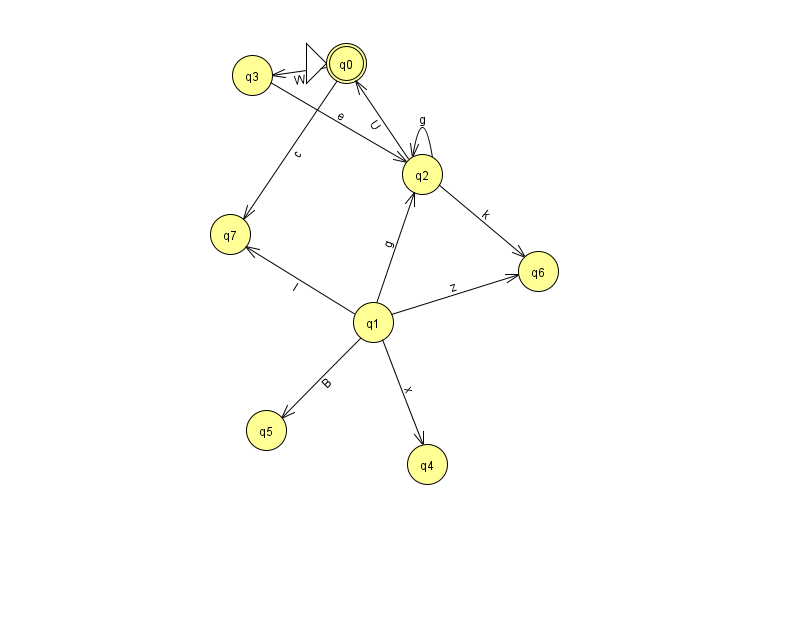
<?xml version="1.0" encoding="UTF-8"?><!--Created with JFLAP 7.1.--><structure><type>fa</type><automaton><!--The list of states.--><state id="0" name="q0"><x>346.0</x><y>50.0</y><initial/><final/></state><state id="1" name="q1"><x>373.0</x><y>309.0</y></state><state id="2" name="q2"><x>422.0</x><y>161.0</y></state><state id="3" name="q3"><x>252.0</x><y>62.0</y></state><state id="4" name="q4"><x>427.0</x><y>451.0</y></state><state id="5" name="q5"><x>266.0</x><y>417.0</y></state><state id="6" name="q6"><x>538.0</x><y>258.0</y></state><state id="7" name="q7"><x>230.0</x><y>221.0</y></state><!--The list of transitions.--><transition><from>1</from><to>6</to><read>z</read></transition><transition><from>2</from><to>6</to><read>k</read></transition><transition><from>0</from><to>7</to><read>c</read></transition><transition><from>2</from><to>0</to><read>U</read></transition><transition><from>1</from><to>2</to><read>g</read></transition><transition><from>2</from><to>2</to><read>g</read></transition><transition><from>1</from><to>4</to><read>x</read></transition><transition><from>1</from><to>5</to><read>B</read></transition><transition><from>1</from><to>7</to><read>I</read></transition><transition><from>3</from><to>2</to><read>e</read></transition><transition><from>0</from><to>3</to><read>W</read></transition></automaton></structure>